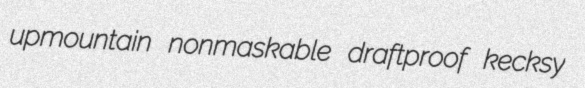
upmountain nonmaskable draftproof kecksy